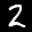
Label: 2